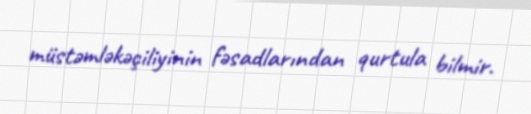
müstəmləkəçiliyinin fəsadlarından qurtula bilmir.